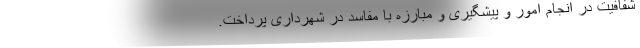
شفافیت در انجام امور و پیشگیری و مبارزه با مفاسد در شهرداری پرداخت.